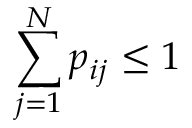
\sum _ { j = 1 } ^ { N } p _ { i j } \leq 1